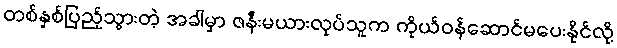
တစ်နှစ်ပြည့်သွားတဲ့ အခါမှာ ဇနီးမယားလုပ်သူက ကိုယ်ဝန်ဆောင်မပေးနိုင်လို့